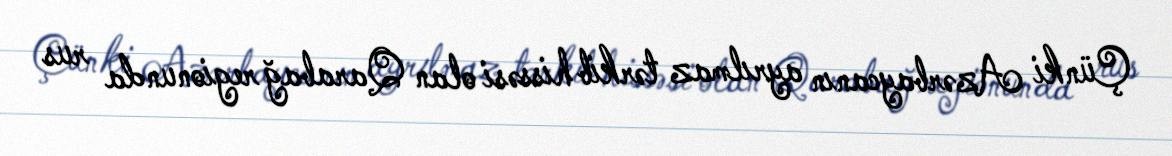
Çünki Azərbaycanın ayrılmaz tərkib hissəsi olan Qarabağ regionunda rus